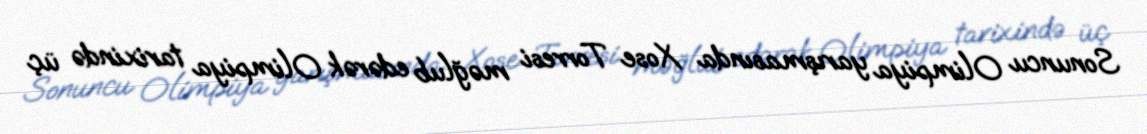
Sonuncu Olimpiya yarışmasında Xose Torresi məğlub edərək Olimpiya tarixində üç